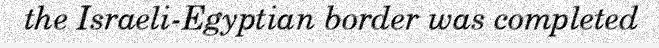
the Israeli-Egyptian border was completed